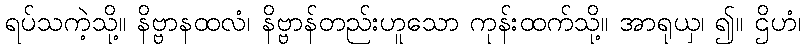
ရပ်သကဲ့သို့။ နိဗ္ဗာနထလံ၊ နိဗ္ဗာန်တည်းဟူသော ကုန်းထက်သို့။ အာရုယှ၊ ၍။ ဌိဟံ၊